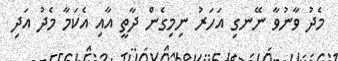
މެދު ވާނުވާ ނޭނގި އަހަރު ނިމިގެން ދާތީ އާއި އެކަމާ މެދު އަދި